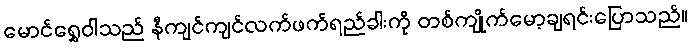
မောင်ရွှေဝါသည် နီကျင်ကျင်လက်ဖက်ရည်ခါးကို တစ်ကျိုက်မော့ချရင်းပြောသည်။